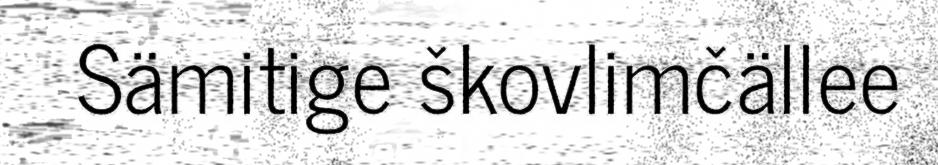
Sämitige škovlimčällee